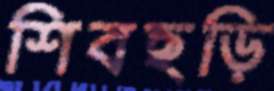
শিবছড়ি